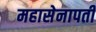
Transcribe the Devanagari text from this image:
महासेनापती